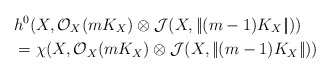
\begin{align*}&h^0(X, \mathcal O_X(mK_X)\otimes \mathcal J(X, |\!| (m-1)K_X|\!|))\\&= \chi (X, \mathcal O_X(mK_X)\otimes \mathcal J(X, |\!| (m-1)K_X|\!|))\end{align*}